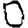
Digit: 0